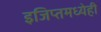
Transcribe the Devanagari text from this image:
इजिप्तमध्येही